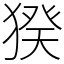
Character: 猤